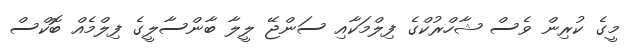
މީގެ ކުރިން ވެސް ޝާހްރުކްގެ ފިލްމަކާއި ސަންޖޭ ލީލާ ބާންސާލީގެ ފިލްމެއް ބޮކްސް